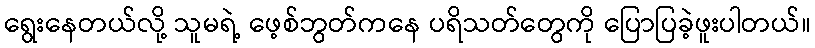
ရွေးနေတယ်လို့ သူမရဲ့ ဖေ့စ်ဘွတ်ကနေ ပရိသတ်တွေကို ပြောပြခဲ့ဖူးပါတယ်။